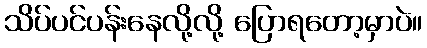
သိပ်ပင်ပန်းနေလို့လို့ ပြောရတော့မှာပဲ။